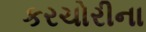
કરચોરીના